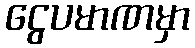
ငွေပမာဏမှာ